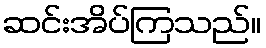
ဆင်းအိပ်ကြသည်။